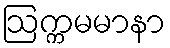
ဩက္ကမမာနာ